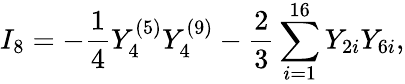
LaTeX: I_{8}=-{\frac{1}{4}}Y_{4}^{(5)}Y_{4}^{(9)}-{\frac{2}{3}}\sum_{i=1}^{16}Y_{2i}Y_{6i},